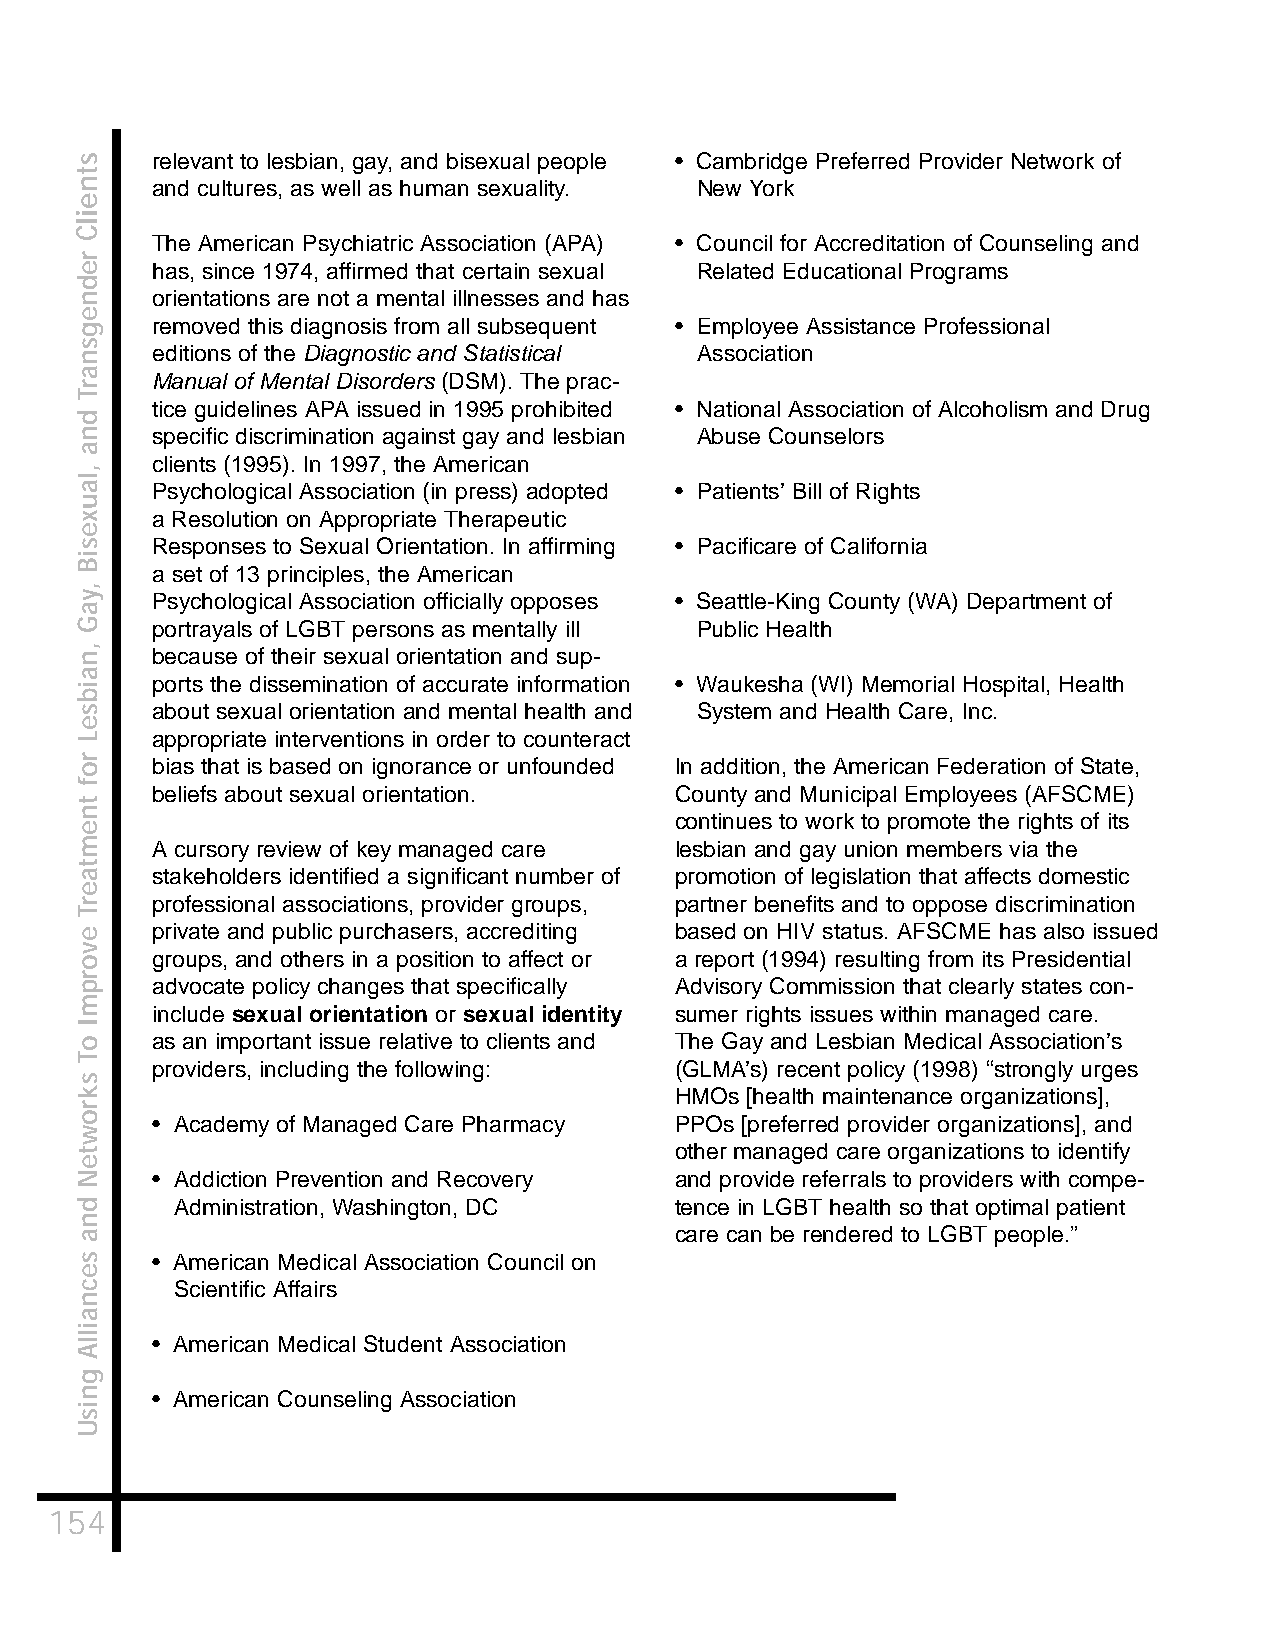
relevant to lesbian, gay, and bisexual people • Cambridge Preferred Provider Network of
 and cultures, as well as human sexuality. New York
 The American Psychiatric Association (APA) • Council for Accreditation of Counseling and
 has, since 1974, affirmed that certain sexual Related Educational Programs
 orientations are not a mental illnesses and has
 removed this diagnosis from all subsequent • Employee Assistance Professional
 editions of the Diagnostic and Statistical Association
 Manual of Mental Disorders (DSM). The prac-
 tice guidelines APA issued in 1995 prohibited • National Association of Alcoholism and Drug
 specific discrimination against gay and lesbian Abuse Counselors
 clients (1995). In 1997, the American
 Psychological Association (in press) adopted • Patients’ Bill of Rights
 a Resolution on Appropriate Therapeutic
 Responses to Sexual Orientation. In affirming • Pacificare of California
 a set of 13 principles, the American
 Psychological Association officially opposes • Seattle-King County (WA) Department of
 portrayals of LGBT persons as mentally ill Public Health
 because of their sexual orientation and sup-
 ports the dissemination of accurate information • Waukesha (WI) Memorial Hospital, Health
 about sexual orientation and mental health and System and Health Care, Inc.
 appropriate interventions in order to counteract
 bias that is based on ignorance or unfounded In addition, the American Federation of State,
 beliefs about sexual orientation.  County and Municipal Employees (AFSCME)
 continues to work to promote the rights of its
 A cursory review of key managed care lesbian and gay union members via the
 stakeholders identified a significant number of promotion of legislation that affects domestic
 professional associations, provider groups, partner benefits and to oppose discrimination
 private and public purchasers, accrediting based on HIV status. AFSCME has also issued
 groups, and others in a position to affect or a report (1994) resulting from its Presidential
 advocate policy changes that specifically Advisory Commission that clearly states con-
 include sexual orientation or sexual identity sumer rights issues within managed care.
 as an important issue relative to clients and The Gay and Lesbian Medical Association’s
 providers, including the following: (GLMA’s) recent policy (1998) “strongly urges
 HMOs [health maintenance organizations],
 • Academy of Managed Care Pharmacy PPOs [preferred provider organizations], and
 other managed care organizations to identify
 • Addiction Prevention and Recovery and provide referrals to providers with compe-
 Administration, Washington, DC   tence in LGBT health so that optimal patient
 care can be rendered to LGBT people.”
 • American Medical Association Council on
 Scientific Affairs
 • American Medical Student Association
 • American Counseling Association
 154
 stneilC
 rednegsnarT
 dna
 ,lauxesiB
 ,yaG
 ,naibseL
 rof
 tnemtaerT
 evorpmI
 oT
 skrowteN
 dna
 secnaillA
 gnisU